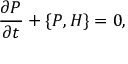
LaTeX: \frac { \partial P } { \partial t } + \{ P , H \} = 0 ,